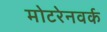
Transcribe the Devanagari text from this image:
मोटरेनवर्क